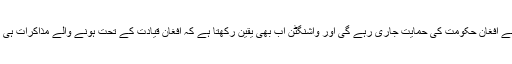
ان کا کہنا تھا کہ امریکا کی جانب سے افغان حکومت کی حمایت جاری رہے گی اور واشنگٹن اب بھی یقین رکھتا ہے کہ افغان قیادت کے تحت ہونے والے مذاکرات ہی افغانستان میں امن قائم کرسکتے ہیں۔